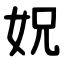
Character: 㚾